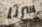
سرنا